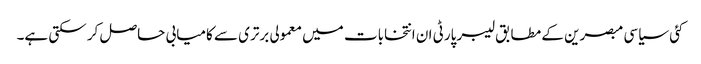
کئی سیاسی مبصرین کے مطابق لیبر پارٹی ان انتخابات میں معمولی برتری سے کامیابی حاصل کر سکتی ہے۔